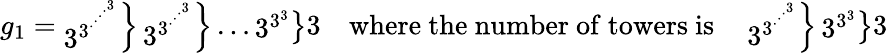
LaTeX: g_{1}=\left.{\begin{array}{l}{3^{3^{\cdot^{\cdot^{\cdot^{\cdot^{3}}}}}}}\end{array}}\right\} \left.{\begin{array}{l}{3^{3^{\cdot^{\cdot^{\cdot^{3}}}}}}\end{array}}\right\} \dots\left.{\begin{array}{l}{3^{3^{3}}}\end{array}}\right\} 3\quad{\mathrm{where~the~number~of~towers~is}}\quad\left.{\begin{array}{l}{3^{3^{\cdot^{\cdot^{\cdot^{3}}}}}}\end{array}}\right\} \left.{\begin{array}{l}{3^{3^{3}}}\end{array}}\right\} 3